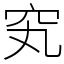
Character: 䆒